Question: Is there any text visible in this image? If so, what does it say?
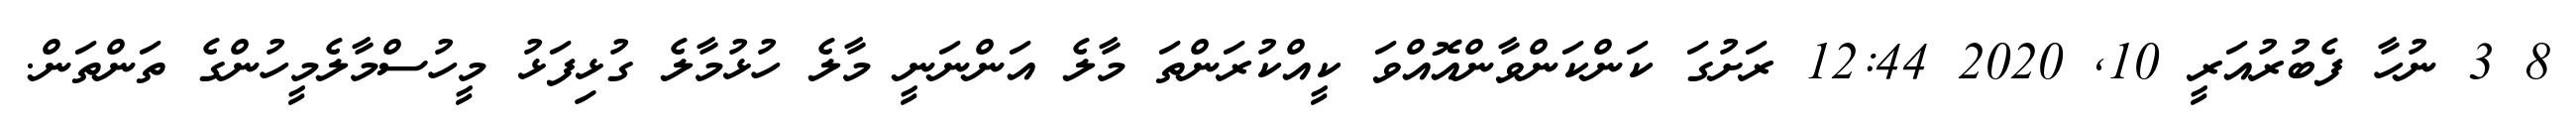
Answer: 8 3 ނުހާ ފެބުރުއަރީ 10, 2020 12:44 ރަށުގަ ކަންކަންވާންއޮއްވަ ކީއްކުރަންތަ މާލެ އަންނަނީ މާލެ ހުޅުމާލެ ގުޅިފަޅު މީހުސްމާލެމީހުންގެ ތަންތަން.